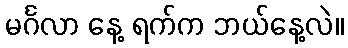
မင်္ဂလာ နေ့ ရက်က ဘယ်နေ့လဲ။